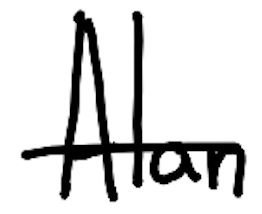
Text: Alan
Cross-out: single-line
Writing tool: digital_black